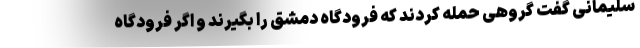
سلیمانی گفت گروهی حمله کردند که فرودگاه دمشق را بگیرند و اگر فرودگاه